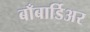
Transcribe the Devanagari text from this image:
बाँबार्डिअर